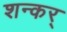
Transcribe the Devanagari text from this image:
शन्कर्